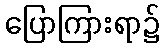
ပြောကြားရာ၌